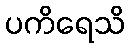
ပကိရေသိ